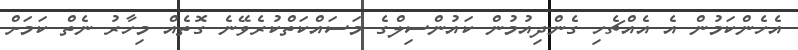
އެހެންކަމުން އެ އެއްޗެހި ގެންދިއުމުން ކައުންސިލްގެ މަސައްކަތްކުރެވޭނެ ގޮތެއް މިހާރު ނެތް ކަމަށް